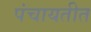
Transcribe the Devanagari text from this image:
पंचायतीत